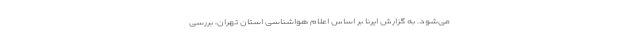
می‌شود. به گزارش ایرنا بر اساس اعلام هواشناسی استان تهران، بررسی